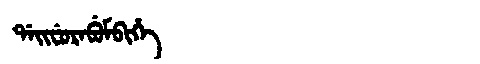
Manchu: ᡩᠠᡳᠸᡠᡵᠠᠪᡠᠮᠪᡳᡥᡝ
Romanization: DAIFURABUMBIHE